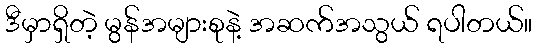
ဒီမှာရှိတဲ့ မွန်အများစုနဲ့ အဆက်အသွယ် ရပါတယ်။